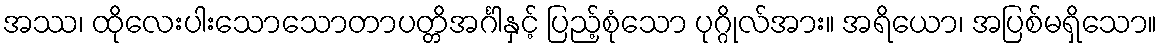
အဿ၊ ထိုလေးပါးသောသောတာပတ္တိအင်္ဂါနှင့် ပြည့်စုံသော ပုဂ္ဂိုလ်အား။ အရိယော၊ အပြစ်မရှိသော။